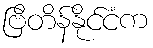
ဗြိတိန်နိုင်ငံက